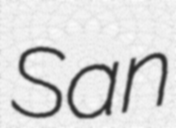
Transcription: San